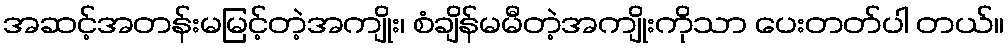
အဆင့်အတန်းမမြင့်တဲ့အကျိုး၊ စံချိန်မမီတဲ့အကျိုးကိုသာ ပေးတတ်ပါ တယ်။